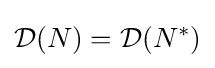
{\mathcal {D}}(N)={\mathcal {D}}(N^{*})